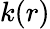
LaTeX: k(r)